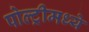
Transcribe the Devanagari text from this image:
पोल्ट्रीमध्ये